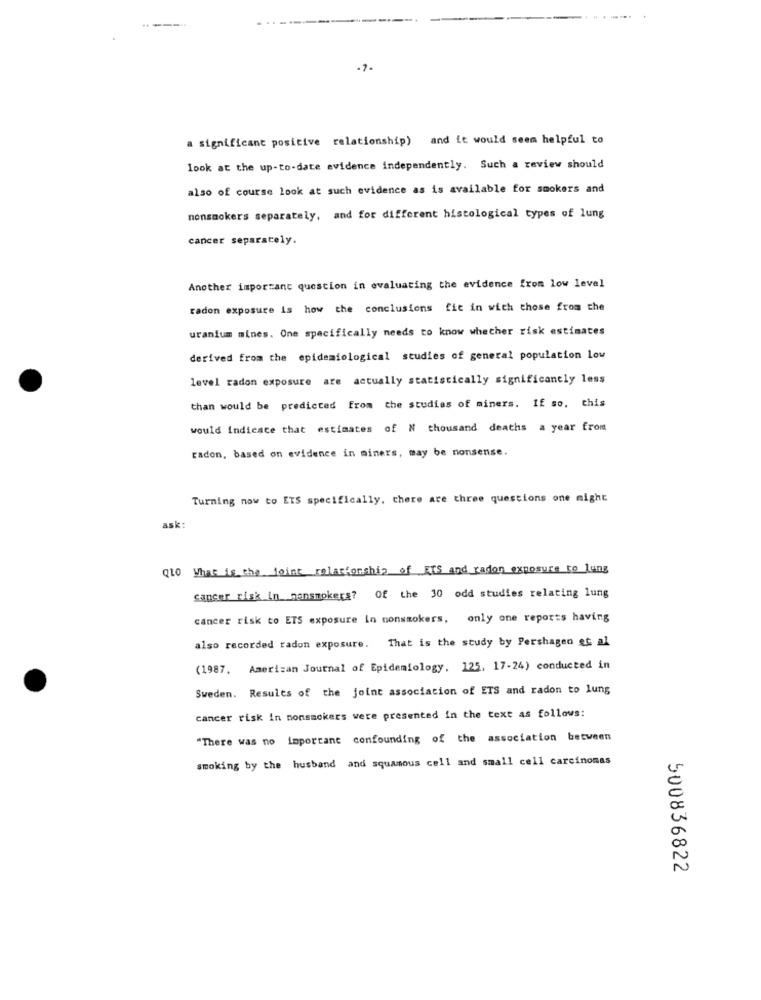
-7-
a significant positive relationship) and it would seem helpful to
look at the up-to-date evidence independently. Such a review should
also of course look at such evidence as is available for smokers and
nonsmokers separately, and for different histological types of lung
cancer separately.
Another important question in evaluating the evidence from low level
radon exposure is how the conclusions fit in wich those from the
uranium mines. One specifically needs to know whether risk estimates
derived from the epidemiological studies of general population low
level radon exposure are actually statistically significantly less
than would be predicted from the studies of miners. If so, this
would indicace that estimates of N thousand deaths a year from
radon, based on evidence in miners, may be nonsense.
Turning now to ETS specifically, there are three questions one might
ask:
qlo What is the joint relationship of ETS and radon exposure to lung
cancer risk in nansmokers? Of the 30 odd studies relating lung
cancer risk to ETS exposure in nonsmokers, only one reports having
also recorded radon exposure. That is the study by Pershagen et al
(1987. American Journal of Epidemiology, 125, 17-24) conducted in
Sweden. Results of the joint association of ETS and radon to lung
cancer risk in nonsmokers were presented in the text as follows:
"There was no important confounding of the association between
smoking by the husband and squamous cell and small cell carcinomas
500836822